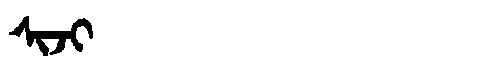
Manchu: ᠰᡳᠵᡳ
Romanization: SIJI